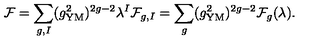
{ \cal F } = \sum _ { g , I } ( g _ { \mathrm { Y M } } ^ { 2 } ) ^ { 2 g - 2 } \lambda ^ { I } { \cal F } _ { g , I } = \sum _ { g } ( g _ { \mathrm { Y M } } ^ { 2 } ) ^ { 2 g - 2 } { \cal F } _ { g } ( \lambda ) .